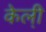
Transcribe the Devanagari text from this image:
केली़